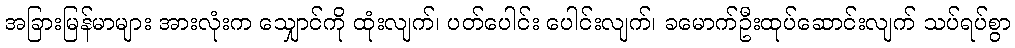
အခြားမြန်မာများ အားလုံးက သျှောင်ကို ထုံးလျက်၊ ပတ်ပေါင်း ပေါင်းလျက်၊ ခမောက်ဦးထုပ်ဆောင်းလျက် သပ်ရပ်စွာ